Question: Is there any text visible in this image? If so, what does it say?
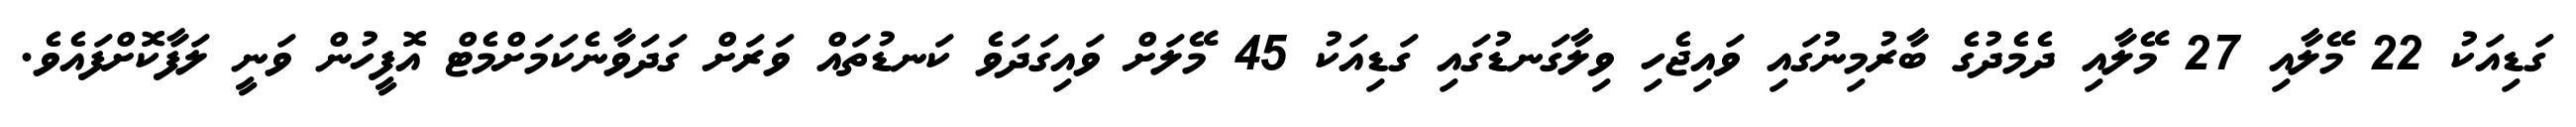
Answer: ގަޑިއަކު 22 މޭލާއި 27 މޭލާއި ދެމެދުގެ ބާރުމިނުގައި ވައިޖެހި ވިލާގަނޑުގައި ގަޑިއަކު 45 މޭލަށް ވައިގަދަވެ ކަނޑުތައް ވަރަށް ގަދަވާނެކަމަށްމެޓް އޮފީހުން ވަނީ ލަފާކޮށްފައެވެ.